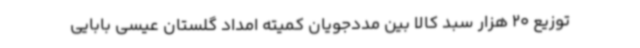
توزیع 20 هزار سبد کالا بین مددجویان کمیته امداد گلستان عیسی بابایی